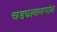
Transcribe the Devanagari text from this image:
चड्यावलगांव